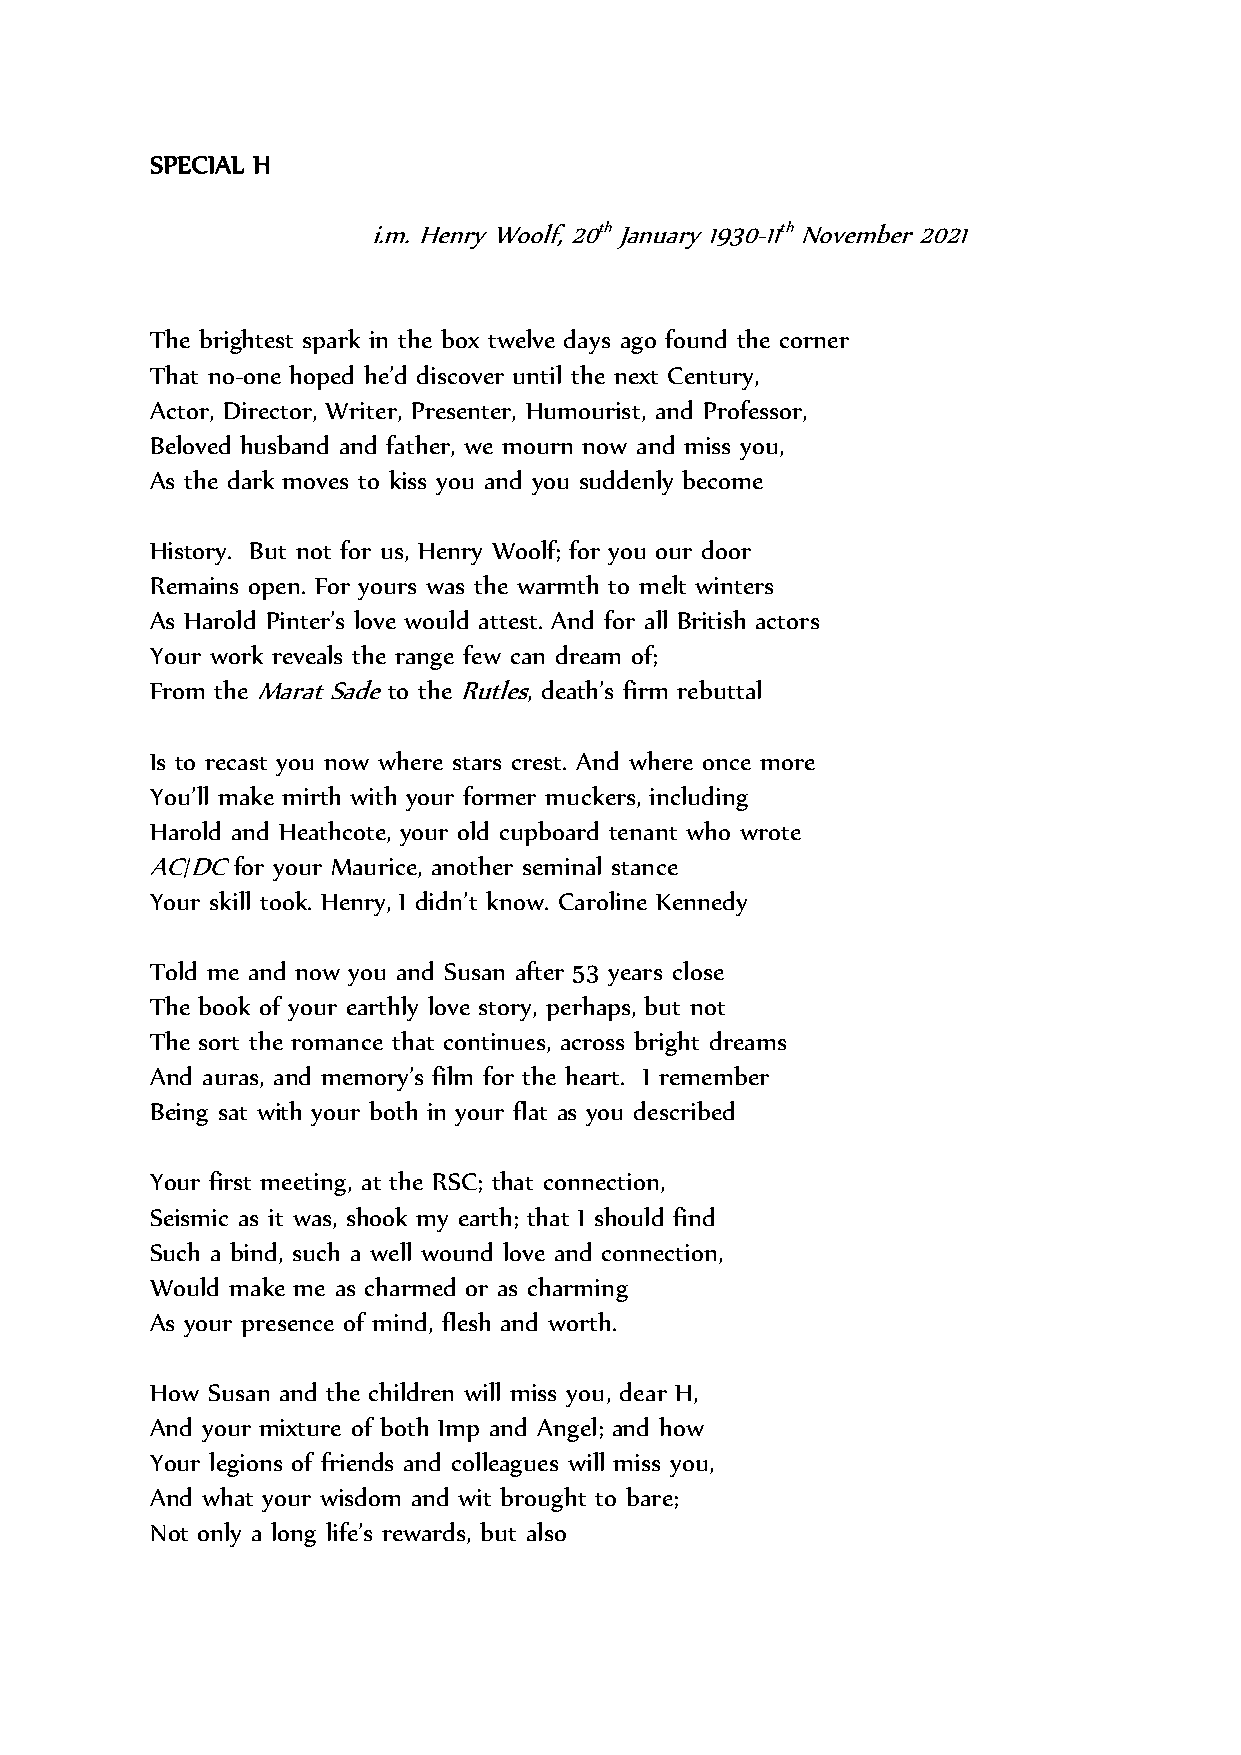
SPECIAL H
 i.m. Henry Woolf, 20th January 1930-11th November 2021
 The brightest spark in the box twelve days ago found the corner
 That no-one hoped he’d discover until the next Century,
 Actor, Director, Writer, Presenter, Humourist, and Professor,
 Beloved husband and father, we mourn now and miss you,
 As the dark moves to kiss you and you suddenly become
 History. But not for us, Henry Woolf; for you our door
 Remains open. For yours was the warmth to melt winters
 As Harold Pinter’s love would attest. And for all British actors
 Your work reveals the range few can dream of;
 From the Marat Sade to the Rutles, death’s firm rebuttal
 Is to recast you now where stars crest. And where once more
 You’ll make mirth with your former muckers, including
 Harold and Heathcote, your old cupboard tenant who wrote
 AC/DC for your Maurice, another seminal stance
 Your skill took. Henry, I didn’t know. Caroline Kennedy
 Told me and now you and Susan after 53 years close
 The book of your earthly love story, perhaps, but not
 The sort the romance that continues, across bright dreams
 And auras, and memory’s film for the heart. I remember
 Being sat with your both in your flat as you described
 Your first meeting, at the RSC; that connection,
 Seismic as it was, shook my earth; that I should find
 Such a bind, such a well wound love and connection,
 Would make me as charmed or as charming
 As your presence of mind, flesh and worth.
 How Susan and the children will miss you, dear H,
 And your mixture of both Imp and Angel; and how
 Your legions of friends and colleagues will miss you,
 And what your wisdom and wit brought to bare;
 Not only a long life’s rewards, but also